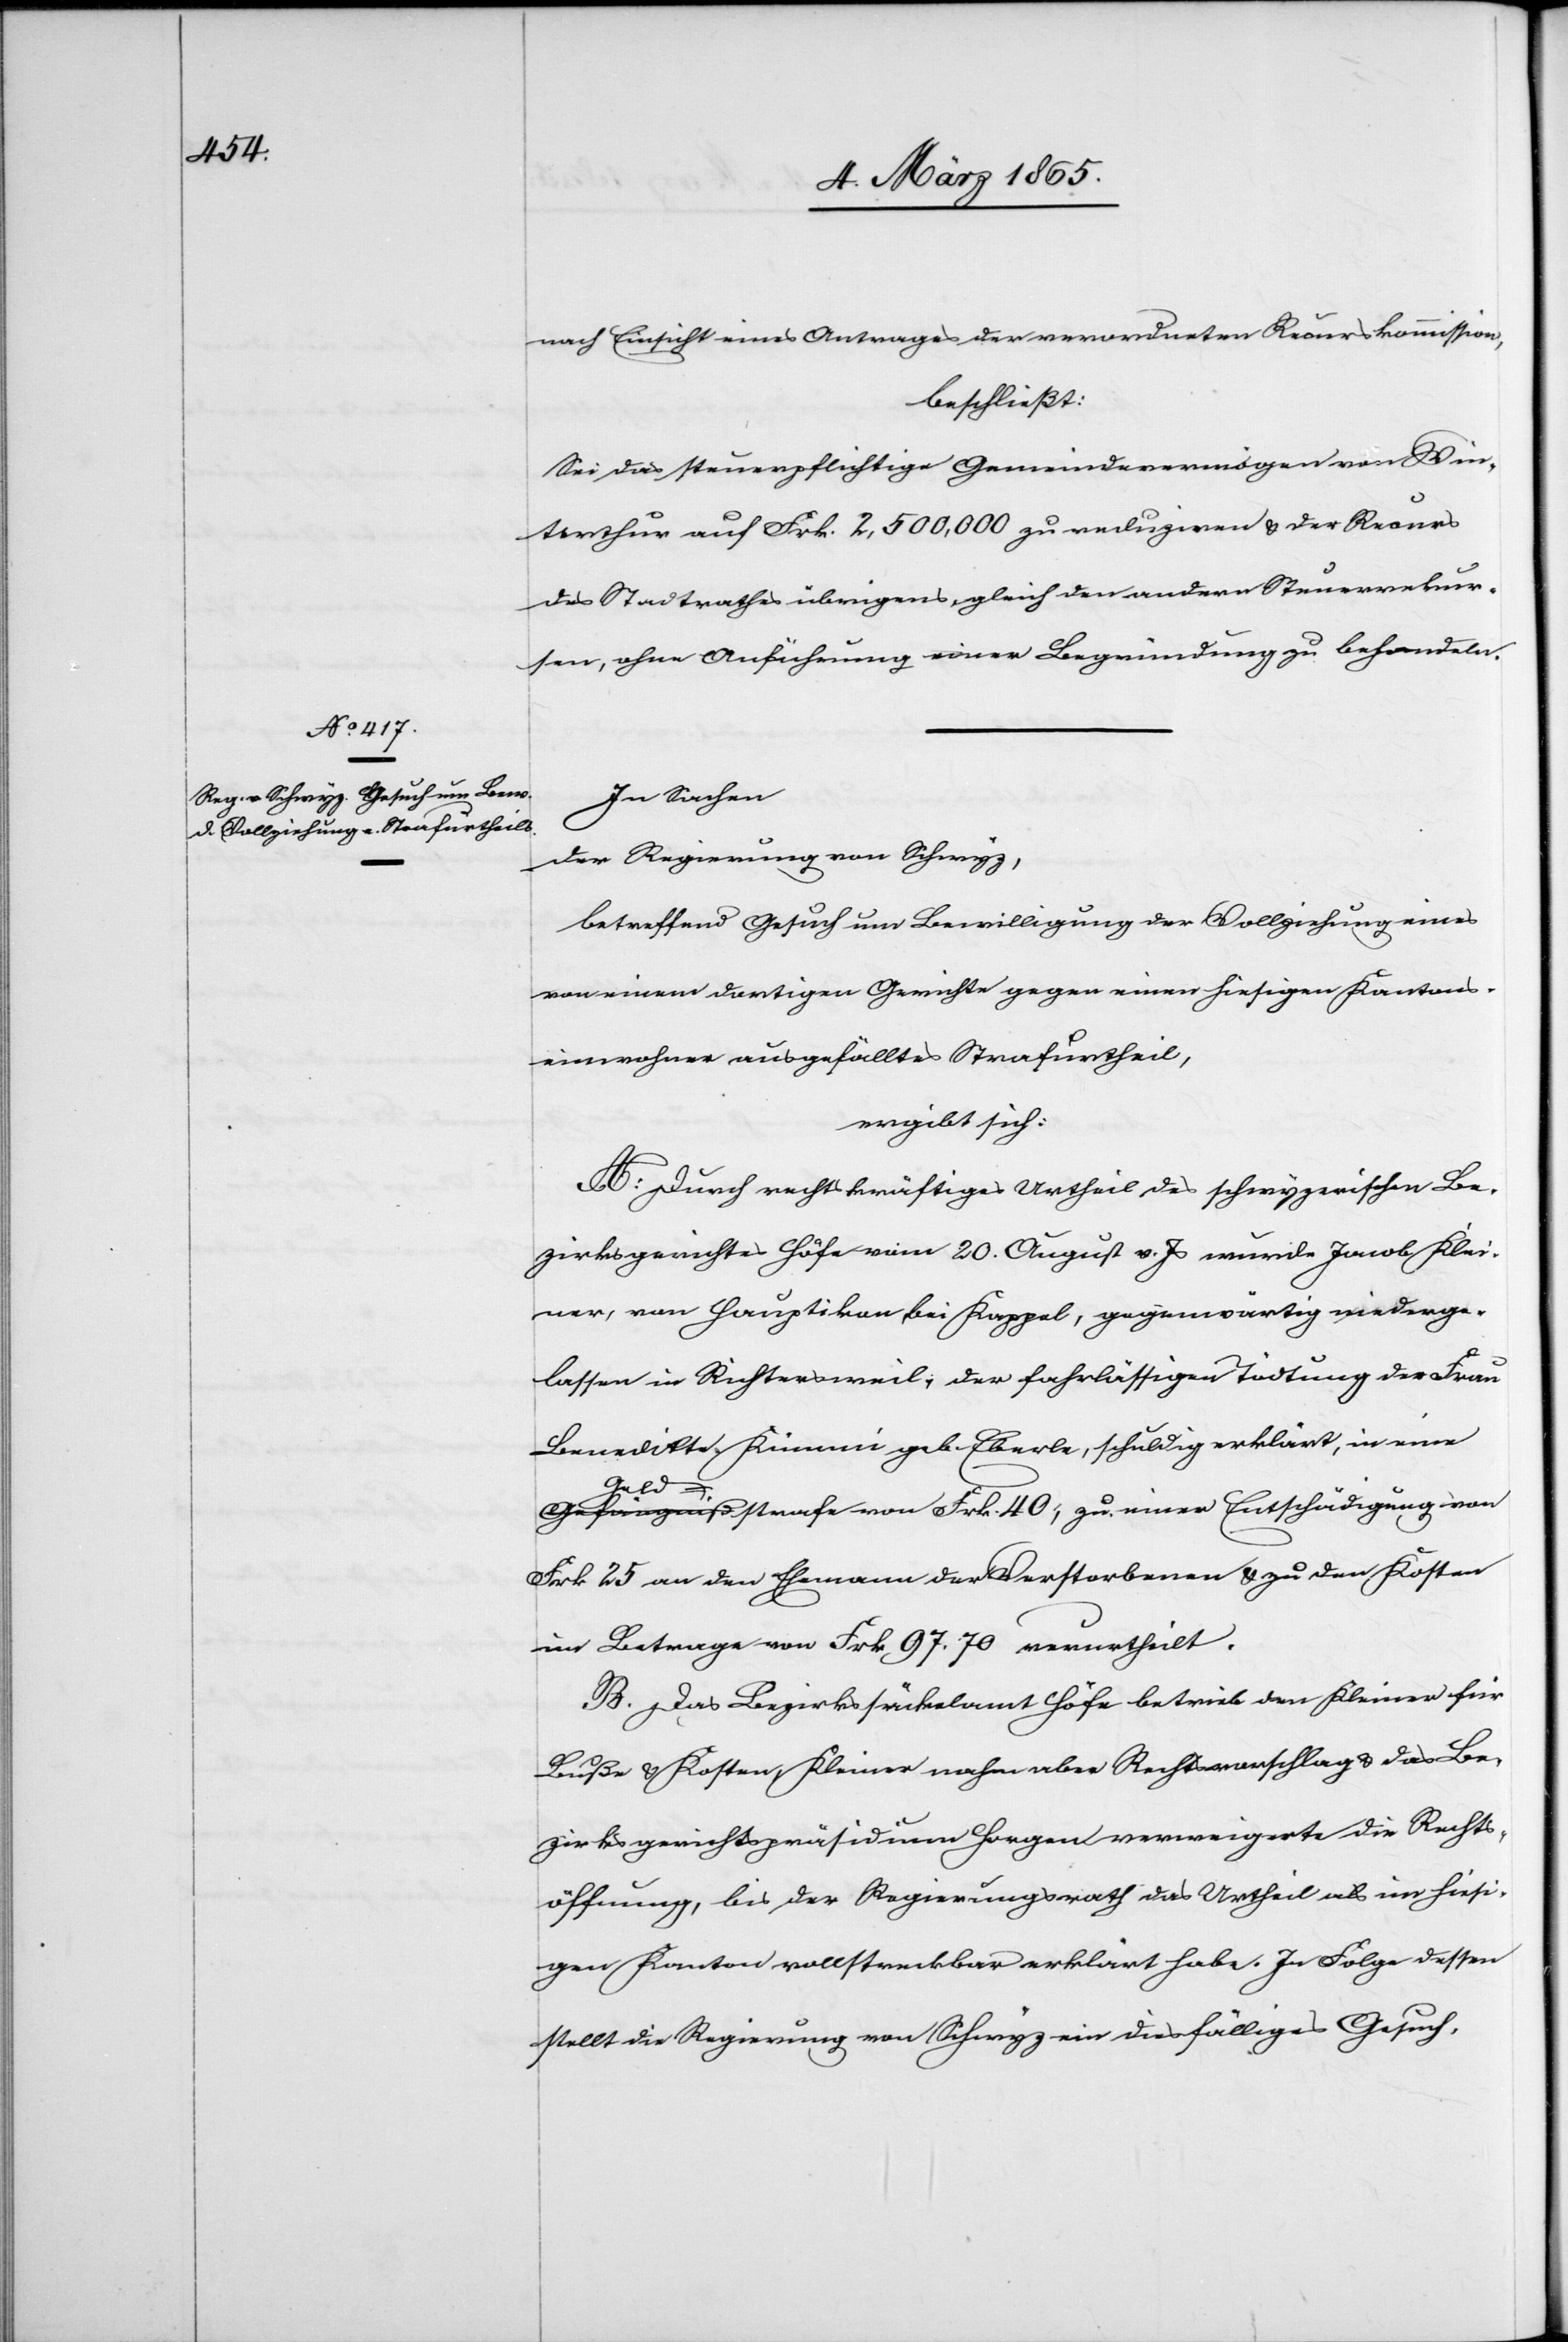
nach Einsicht eines Antrages der verordneten Recurskommission,
beschließt:
Sei das steuerpflichtige Gemeindevermögen von Win¬
terthur auf Frk. 2,500,000 zu reduziren u. der Recurs
des Stadtrathes übrigens, gleich den andern Steuerrekur¬
sen, ohne Anführung einer Begründung zu behandeln.
In Sachen
der Regierung von Schwyz,
betreffend Gesuch um Bewilligung der Vollziehung eines
von einem dortigen Gerichte gegen einen hiesigen Kantons¬
einwohner ausgefälltes Strafurtheil,
ergibt sich:
A: Durch rechtskräftiges Urtheil des schwyzerischen Be¬
zirksgerichtes Höfe vom 20. August v. Js wurde Jacob Klei¬
ner, von Hauptikon, bei Kappel, gegenwärtig niederge¬
lassen in Richtersweil, der fahrlässigen Tödtung der Frau
Benedikte Kümmi geb. Eberle, schuldig erklärt, in eine
Geldstrafe von Frk. 40, zu einer Entschädigung von
Frk 25 an den Ehemann der Verstorbenen u. zu den Kosten
im Betrage von Frk 97. 70 verurtheilt.
B. Das Bezirkssäckelamt Höfe betrieb den Kleiner für
Buße u. Kosten, Kleiner nahm aber Rechtsvorschlag u. das Be¬
zirksgerichtspräsidium Horgen verweigerte die Rechts¬
öffnung, bis der Regierungsrath das Urtheil als im hiesi¬
gen Kanton vollstreckbar erklärt habe. In Folge dessen
stellt die Regierung von Schwyz ein diesfälliges Gesuch.